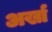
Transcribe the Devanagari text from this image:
अर्खा